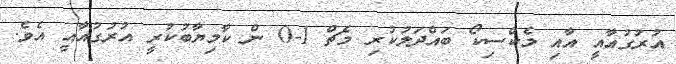
އުރުގުއާއީ އާއި މެކްސިކޯ ބައްދަލުކުރި މެޗް 1-0 ން ކާމިޔާބުކުރީ އުރުގުއާއީ އެވެ.